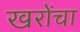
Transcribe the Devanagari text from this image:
खरोंचा